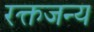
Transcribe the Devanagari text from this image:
रक्तजन्य